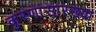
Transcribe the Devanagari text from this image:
कुरणांसारख्या